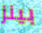
بينز